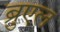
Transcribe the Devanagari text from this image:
ब्रुएल